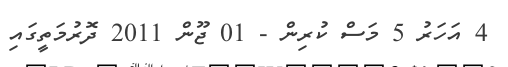
4 އަހަރު 5 މަސް ކުރިން - 01 ޖޫން 2011 ދޮރުމަތީގައި